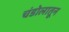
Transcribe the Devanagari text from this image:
चंडोलातून